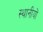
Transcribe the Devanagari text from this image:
स्थानीयों